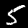
Label: 5